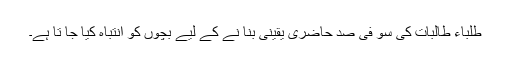
طلباء طالبات کی سو فی صد حاضری یقینی بنا نے کے لیے بچوں کو انتباہ کیا جا تا ہے۔